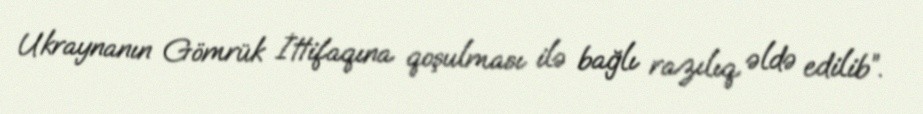
Ukraynanın Gömrük İttifaqına qoşulması ilə bağlı razılıq əldə edilib”.